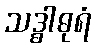
သဒ္ဓါဓုရံ